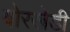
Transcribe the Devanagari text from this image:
बोरखेडी